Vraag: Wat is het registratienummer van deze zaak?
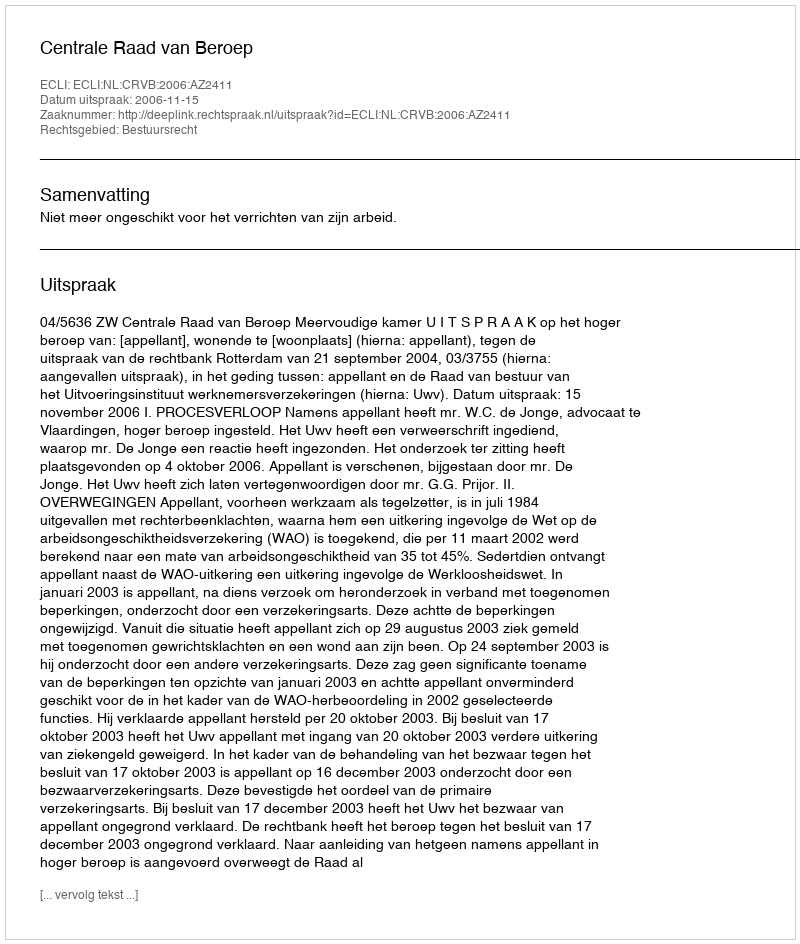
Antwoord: http://deeplink.rechtspraak.nl/uitspraak?id=ECLI:NL:CRVB:2006:AZ2411